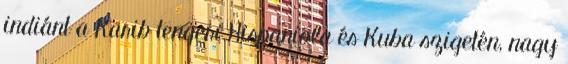
indiánt a Karib tengeri Hispaniola és Kuba szigetén, nagy